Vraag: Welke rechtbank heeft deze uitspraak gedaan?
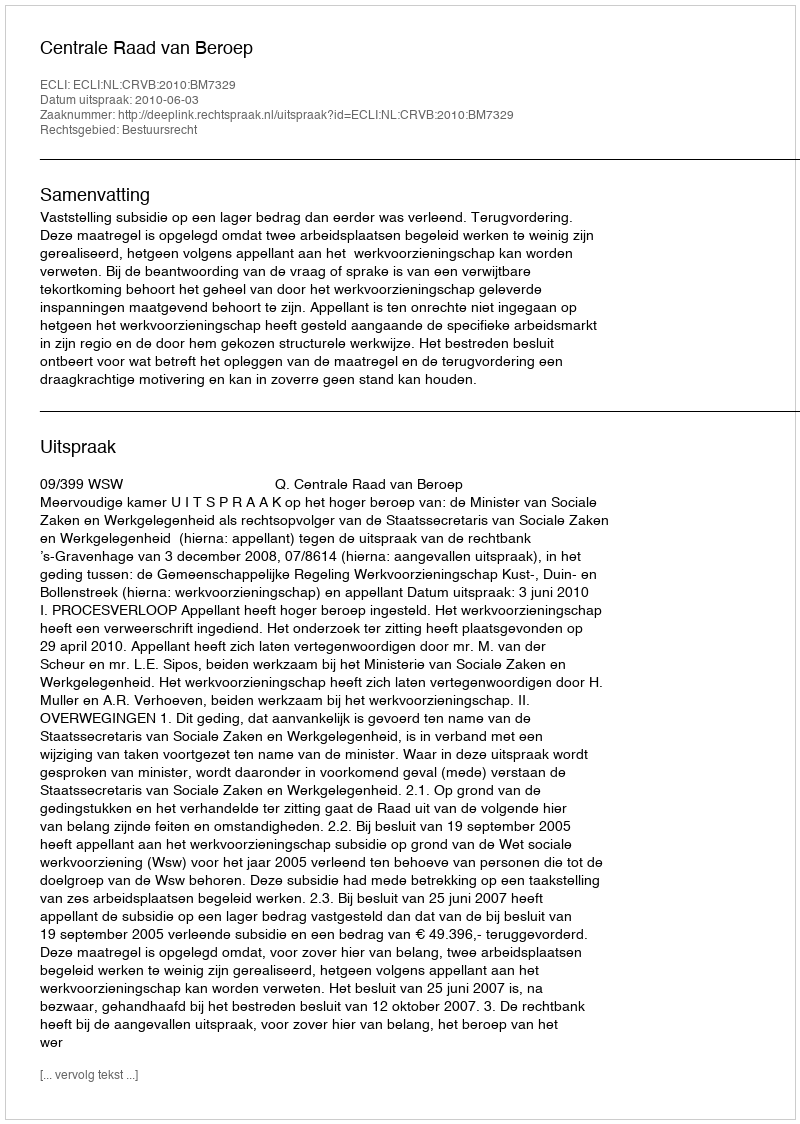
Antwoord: Centrale Raad van Beroep